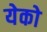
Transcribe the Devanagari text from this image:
येको